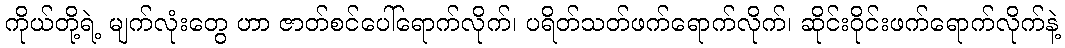
ကိုယ်တို့ရဲ့ မျက်လုံးတွေ ဟာ ဇာတ်စင်ပေါ်ရောက်လိုက်၊ ပရိတ်သတ်ဖက်ရောက်လိုက်၊ ဆိုင်းဝိုင်းဖက်ရောက်လိုက်နဲ့